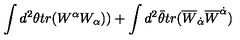
\int d ^ { 2 } \theta t r ( W ^ { \alpha } W _ { \alpha } ) ) + \int d ^ { 2 } \bar { \theta } t r ( \overline { { W } } _ { \dot { \alpha } } \overline { { W } } ^ { \dot { \alpha } } )